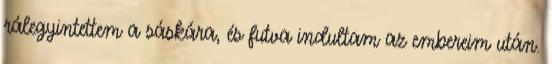
rálegyintettem a sáskára, és futva indultam az embereim után.